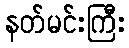
နတ်မင်းကြီး